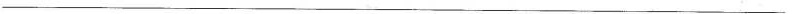
___